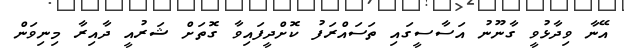
އޭނާ ވިދާޅުވީ ގާނޫނު އަސާސީގައި ތަސައްރަފު ކޮށްދީފައިވާ ގޮތަށް ޝަރުއީ ދާއިރާ މިނިވަން